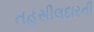
તહસીલદારની